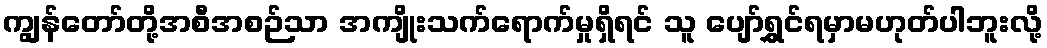
ကျွန်တော်တို့အစီအစဉ်သာ အကျိုးသက်ရောက်မှုရှိရင် သူ ပျော်ရွှင်ရမှာမဟုတ်ပါဘူးလို့